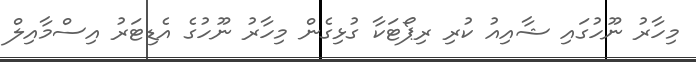
މިހާރު ނޫހުގައި ޝާއިއު ކުރި ރިޕޯޓަކާ ގުޅިގެން މިހާރު ނޫހުގެ އެޑިޓަރު އިސްމާއިލް